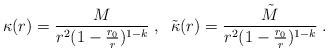
\begin{align*}\kappa (r) = \frac{M}{r^2(1 - \frac{r_0}{r})^{1 - k} } \; , \; \;\tilde{\kappa} (r) =\frac{\tilde{M}}{r^2 (1 - \frac{r_0}{r})^{1 - k} } \; .\end{align*}